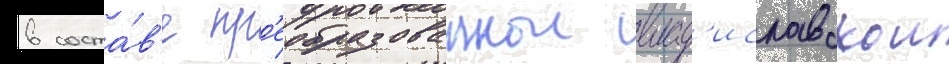
в соста́в'е пр'еобразованнои влад'иславскои